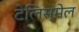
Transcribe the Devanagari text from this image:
टेलिस्मेल